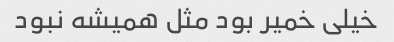
خیلی خمیر بود مثل همیشه نبود